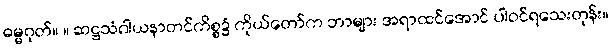
ဓမ္မဂုတ်။ ။ ဆဋ္ဌသံဂါယနာတင်ကိစ္စ၌ ကိုယ်တော်က ဘာများ အရာထင်အောင် ပါဝင်ရသေးတုန်း။